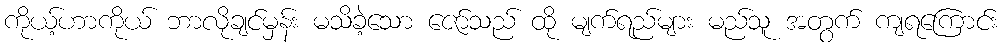
ကိုယ့်ဟာကိုယ် ဘာလိုချင်မှန်း မသိခဲ့သော ဇော်သည် ထို မျက်ရည်များ မည်သူ အတွက် ကျရကြောင်း